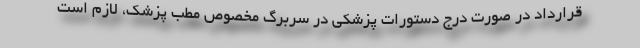
قرارداد در صورت درج دستورات پزشکی در سربرگ مخصوص مطب پزشک، لازم است